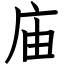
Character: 庙